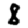
Digit: 8